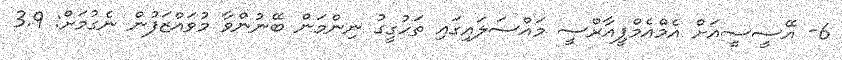
6- އޭސީސީއަށް އެމްއެމްޕީއާރްސީ މައްސަލައިގައި ތަހުގީގު ނިންމަން ބޭނުންވާ މުވައްޒަފުން ނެގުމަށް: 3.9